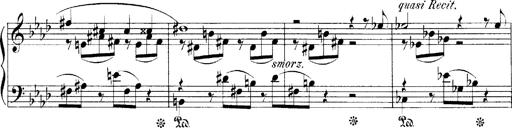
Title: LiebestrÃ¤ume
Composer: Franz Behr
Key: E-flat major